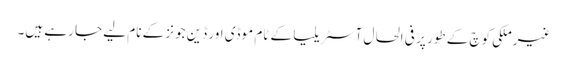
غیرملکی کوچ کے طور پر فی الحال آسٹریلیا کے ٹام موڈی اور ڈین جونز کے نام لیے جا رہے ہیں۔